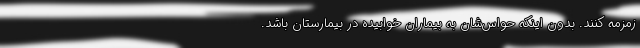
زمزمه کنند. بدون اینکه حواس‌شان به بیماران خوابیده در بیمارستان باشد.